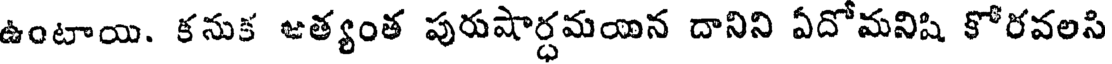
ఉంటాయి. కనుక జత్యంత పురుషార్ధమయిన దానిని ఏదోమనిషి కోరవలసి